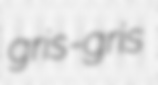
gris-gris